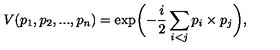
V ( p _ { 1 } , p _ { 2 } , . . . , p _ { n } ) = \exp \biggl ( - \frac { i } { 2 } \sum _ { i < j } p _ { i } \times p _ { j } \biggr ) ,